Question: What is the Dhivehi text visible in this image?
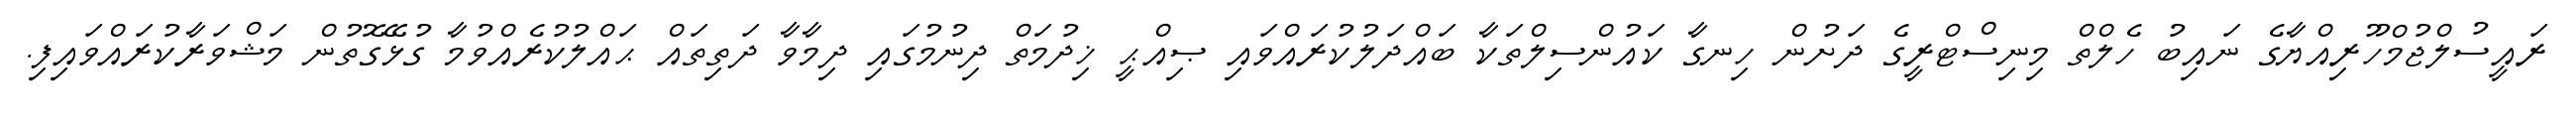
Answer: ރައީސުލްޖުމްހޫރިއްޔާގެ ނައިބު ހެލްތް މިނިސްޓްރީގެ ދަށުން ހިނގާ ކައުންސިލްތަކާ ބައްދަލުކުރައްވައި ޞިއްޙީ ޚިދުމަތް ދިނުމުގައި ދިމާވާ ދަތިތައް ޙައްލުކުރެއްވުމާ ގުޅޭގޮތުން މަޝްވަރާކުރައްވައިފި.